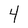
Character: 4